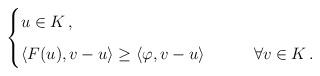
LaTeX: \begin{align*}\begin{cases}u\in K \,,\\\noalign{\medskip}\langle F(u),v-u\rangle\geq \langle\varphi,v-u\rangle&\qquad\forall v\in K\,.\end{cases}\end{align*}